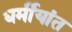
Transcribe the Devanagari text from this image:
धर्मीयांत